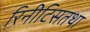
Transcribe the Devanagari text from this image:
रिनीटिसतथा